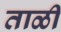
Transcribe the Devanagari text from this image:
ताळी